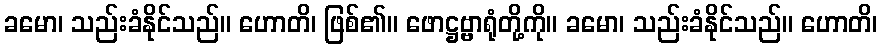
ခမော၊ သည်းခံနိုင်သည်။ ဟောတိ၊ ဖြစ်၏။ ဖောဋ္ဌဗ္ဗာရုံတို့ကို။ ခမော၊ သည်းခံနိုင်သည်။ ဟောတိ၊